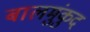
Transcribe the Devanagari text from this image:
बालमुंकुद